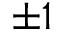
\pm 1